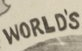
WORLD'S